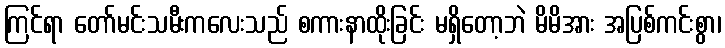
ကြင်ရာ တော်မင်းသမီးကလေးသည် စကားနာထိုးခြင်း မရှိတော့ဘဲ မိမိအား အပြစ်ကင်းစွာ၊